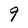
Character: g